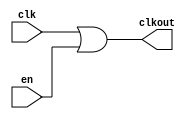
// This program was cloned from: https://github.com/intel/aib-phy-hardware
// License: Apache License 2.0

// SPDX-License-Identifier: Apache-2.0
// Copyright (C) 2019 Intel Corporation. All rights reserved
module hdpldadapt_cmn_clkor2
(
        output  wire    clkout,
        input   wire    clk,
        input   wire    en
);

	assign clkout = clk | en;

endmodule // hdpldadapt_cmn_clkor2